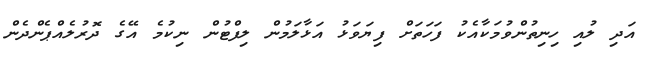
އަދި ލުއި ހިނިތުންވުމަކާއެކު ފަހަތަށް ފިޔަވަޅު އަޅާލަމުން ލިފްޓުން ނިކުމެ އޭގެ ދޮރުލެއްޕެންދެން